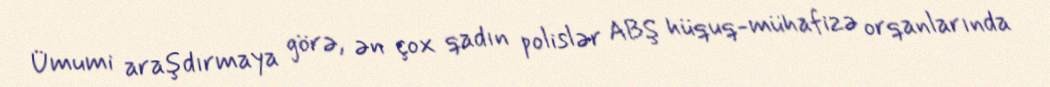
Ümumi araşdırmaya görə, ən çox qadın polislər ABŞ hüquq-mühafizə orqanlarında